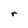
Character: r